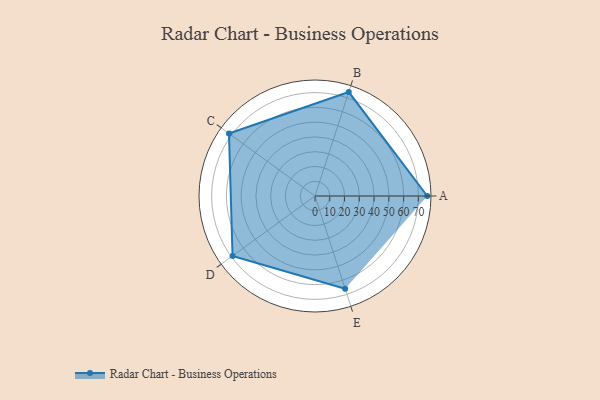
{"axis": {"x": "Skill", "y": "Score"}, "legend": ["Profile"], "data": [{"x": "A", "y": 76.0, "type": "Profile"}, {"x": "B", "y": 74.0, "type": "Profile"}, {"x": "C", "y": 72.0, "type": "Profile"}, {"x": "D", "y": 69.0, "type": "Profile"}, {"x": "E", "y": 66.0, "type": "Profile"}]}